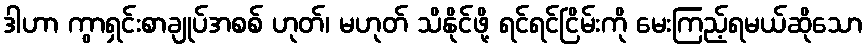
ဒါဟာ ကွာရှင်းစာချုပ်အစစ် ဟုတ်၊ မဟုတ် သိနိုင်ဖို့ ရင်ရင်ငြိမ်းကို မေးကြည့်ရမယ်ဆိုသော